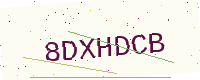
Text: 8DXHDCB